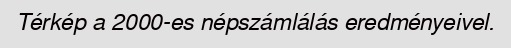
Térkép a 2000-es népszámlálás eredményeivel.